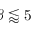
\beta \lessapprox 5